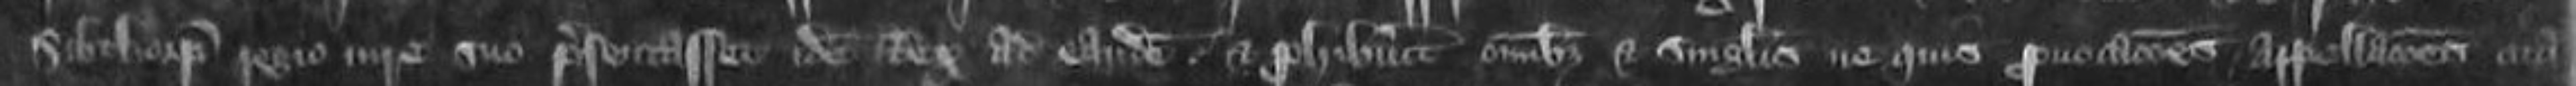
Sibthorp Regio iure suo presentasset idem Rex ad eandem et prohibuerit omnibus et singulis ne quis provocationes appellaciones cita